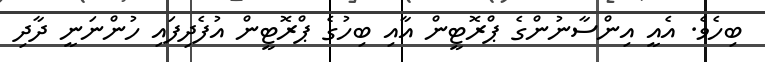
ބިހެވެ. އެއީ އިންސާނުންގެ ޕްރޮޓީން އާއި ބިހުގެ ޕްރޮޓީން އުފެދިފައި ހުންނަނީ ދާދި